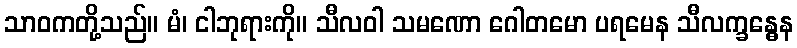
သာဝကတို့သည်။ မံ၊ ငါဘုရားကို။ သီလဝါ သမဏော ဂေါတမော ပရမေန သီလက္ခန္ဓေန